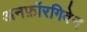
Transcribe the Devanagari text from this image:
अनफ़ॉरगिवेन